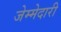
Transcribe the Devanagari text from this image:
जेम्मेदारी